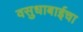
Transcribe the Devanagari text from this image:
वसुधाबाईचा